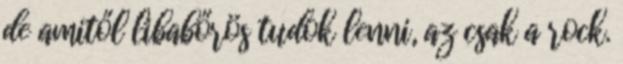
de amitől libabőrös tudok lenni, az csak a rock.